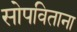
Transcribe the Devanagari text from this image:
सोपविताना